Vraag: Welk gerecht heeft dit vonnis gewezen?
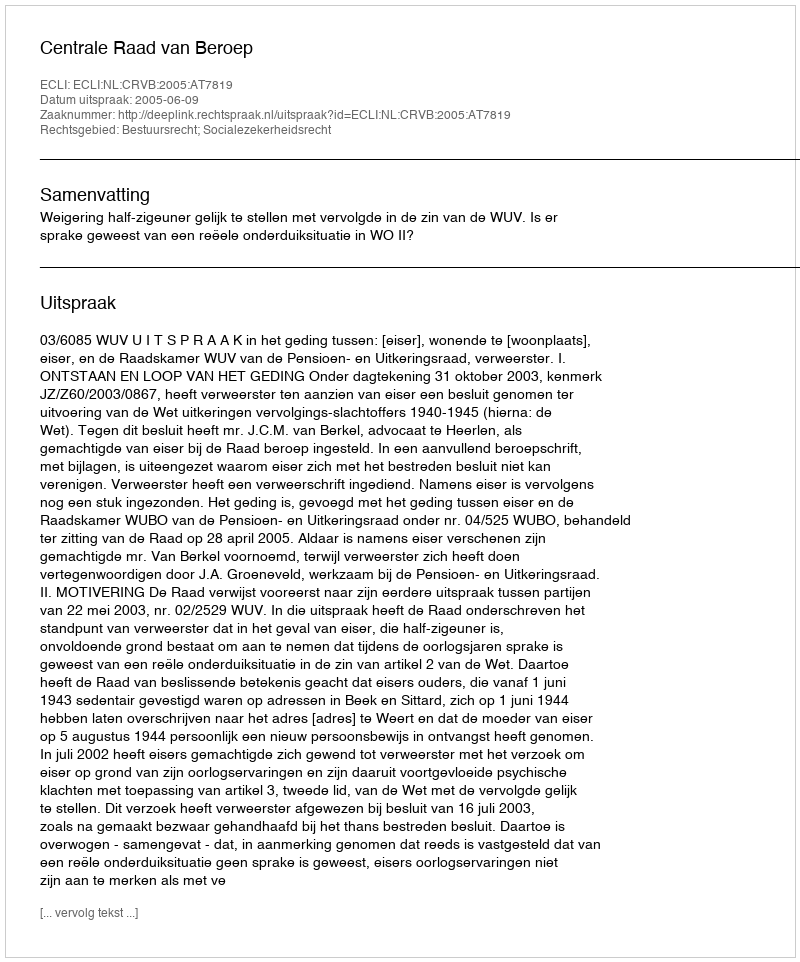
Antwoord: Centrale Raad van Beroep